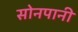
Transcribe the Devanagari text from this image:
सोनपानी